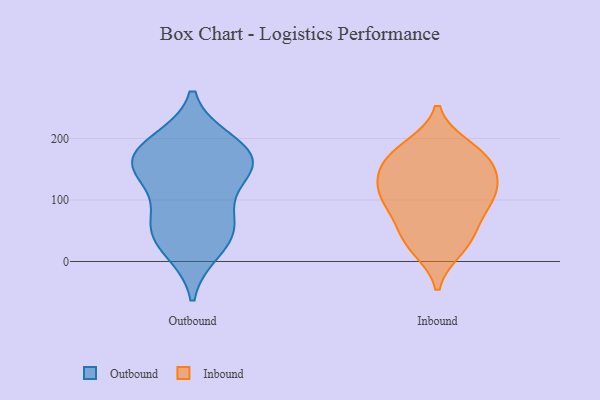
{"axis": {"x": "Shipments", "y": "Value"}, "legend": ["Inbound", "Outbound"], "data": [{"x": "", "y": 64, "type": "Outbound"}, {"x": "", "y": 160, "type": "Outbound"}, {"x": "", "y": 179, "type": "Outbound"}, {"x": "", "y": 142, "type": "Outbound"}, {"x": "", "y": 42, "type": "Outbound"}, {"x": "", "y": 169, "type": "Outbound"}, {"x": "", "y": 21, "type": "Outbound"}, {"x": "", "y": 66, "type": "Outbound"}, {"x": "", "y": 192, "type": "Outbound"}, {"x": "", "y": 147, "type": "Outbound"}, {"x": "", "y": 23, "type": "Inbound"}, {"x": "", "y": 79, "type": "Inbound"}, {"x": "", "y": 130, "type": "Inbound"}, {"x": "", "y": 101, "type": "Inbound"}, {"x": "", "y": 33, "type": "Inbound"}, {"x": "", "y": 110, "type": "Inbound"}, {"x": "", "y": 45, "type": "Inbound"}, {"x": "", "y": 102, "type": "Inbound"}, {"x": "", "y": 184, "type": "Inbound"}, {"x": "", "y": 165, "type": "Inbound"}, {"x": "", "y": 133, "type": "Inbound"}, {"x": "", "y": 175, "type": "Inbound"}, {"x": "", "y": 163, "type": "Inbound"}]}